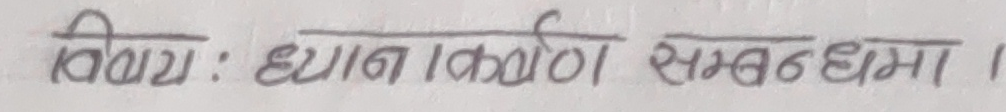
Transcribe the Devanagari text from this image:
बिषय : ध्यानाकर्षण सम्बन्धमा ।